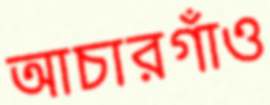
আচারগাঁও